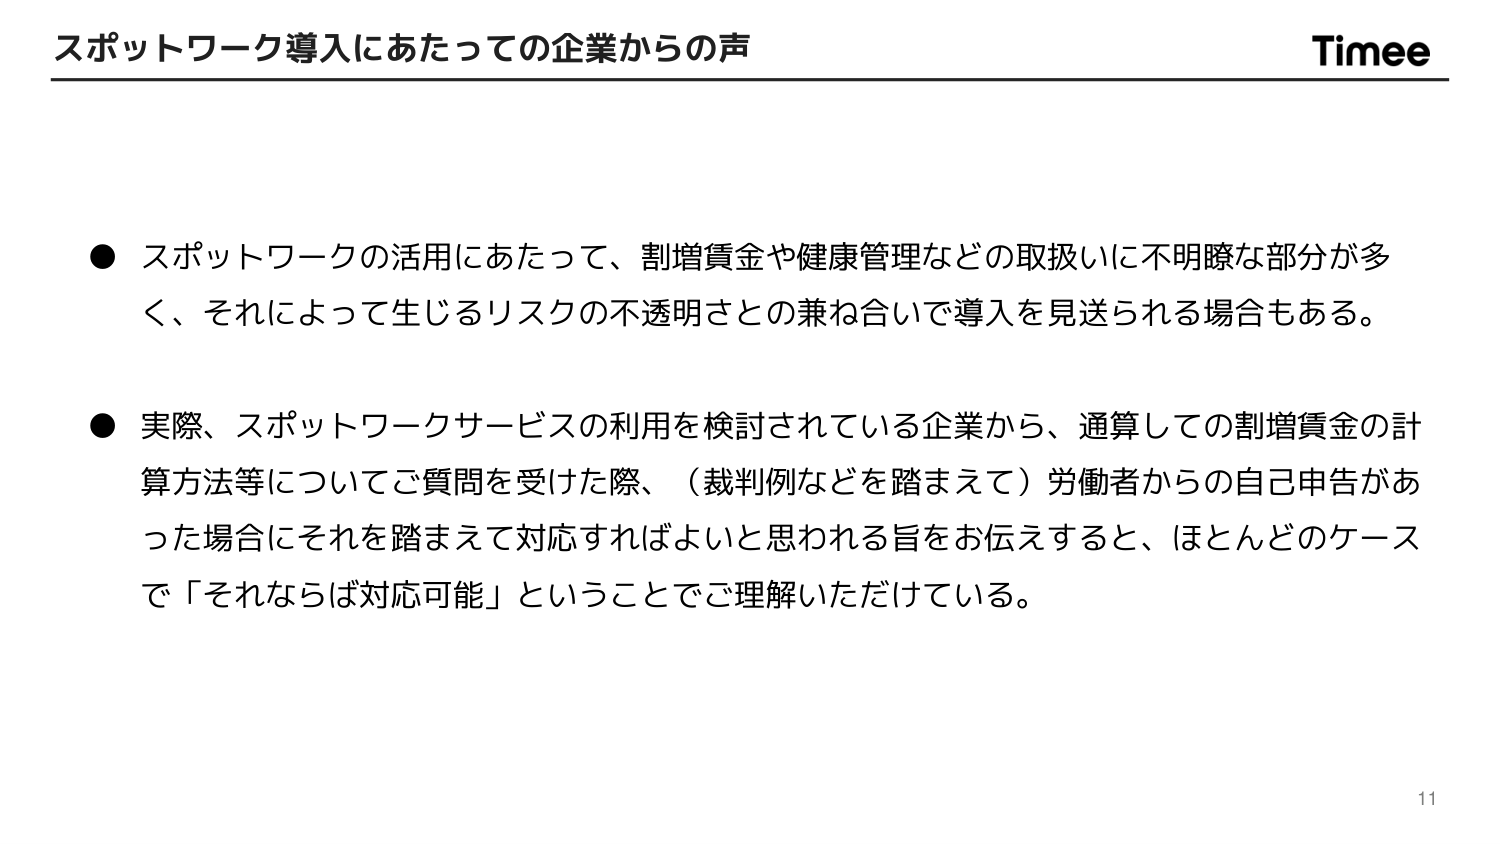
スポットワーク導入にあたっての企業からの声

Timee

● スポットワークの活用にあたって、割増賃金や健康管理などの取扱いに不明瞭な部分が多く、それによって生じるリスクの不透明さとの兼ね合いで導入を見送られる場合もある。

● 実際、スポットワークサービスの利用を検討されている企業から、通算しての割増賃金の計算方法等についてご質問を受けた際、（裁判例などを踏まえて）労働者からの自己申告があった場合にそれを踏まえて対応すればよいと思われる旨をお伝えすると、ほとんどのケースで「それならば対応可能」ということでご理解いただけている。

11